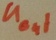
Text: Uout